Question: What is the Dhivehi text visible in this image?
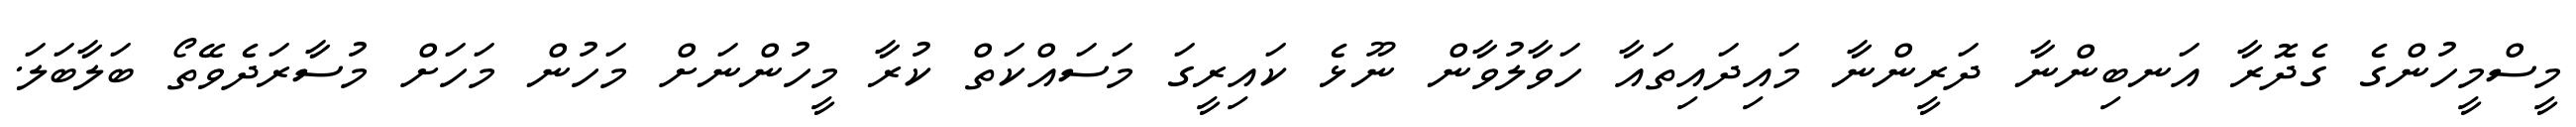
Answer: މީސްމީހުންގެ ގެދޮރާ އަނބިންނާ ދަރީންނާ މައިދައިތައާ ހަވާލުވާން ނޫޅެ ކައިރީގަ މަސައްކަތް ކުރާ މީހުންނަށް މަހުން މަހަށް މުސާރަދެވޭތޯ ބަލާބަލަ.